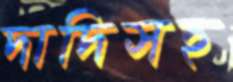
দাদিসহ